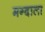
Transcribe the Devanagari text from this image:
मग्दाला